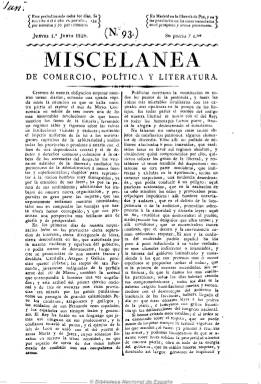
Título: Miscelánea de comercio, política y literatura
Colección: Periódicos anteriores a 1850
Ámbito geográfico: Madrid
Lugar de publicación: Madrid
Fechas: 01/06/1820-24/09/1821

El trisemanal Miscelánea de comercio, artes y literatura, que funda en 1819 y del que es redactor principal Francisco Javier de Burgos (1778-1848), modifica su título y se hace diario a partir del uno de junio de 1820, manteniendo la numeración, una vez que con la restauración de la Constitución de 1812 se acaba el primer periodo absolutista fernandino y se inicia el corto Trienio Liberal (1820-1823). Derogadas las normas restrictivas que el rey había impuesto a la libertad de imprenta, De Burgos puede ya dar cabida en su periódico a artículos políticos y doctrinales, que suma a los de carácter económico, comercial, histórico, cultural y literario que venía ofreciendo, además de las noticias del extranjero, España y locales referentes a los acontecimientos que se van produciendo.

Gil Novales ha dicho de esta Miscelánea… que es uno de los periódicos “más influyentes” de este periodo, escrito con templanza y rigor desde una posición liberal moderada, aunque al final, el afrancesado De Burgos se decante por un anti-revolucionarismo.

En números de cuatro páginas y a dos columnas seguirá siendo estampado por Francisco Martínez Dávila, impresor de Cámara de S.M., y después saldrá de las imprentas de Sancha y Collado, hasta que al final disponga de la suya propia.

Miscelánea… publicará su último número el 24 de septiembre de 1821, cuando Javier de Burgos, futuro ministro de Fomento (1833), pasa a dirigir El imparcial.